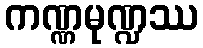
ကဏ္ဏမုဏ္ဍဿ